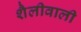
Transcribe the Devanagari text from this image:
शैलीवाली